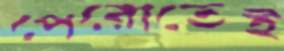
পেরোতেই